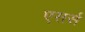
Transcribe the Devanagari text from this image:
एसर्स